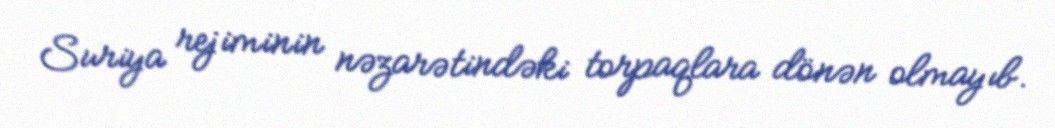
Suriya rejiminin nəzarətindəki torpaqlara dönən olmayıb.